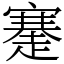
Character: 䞿